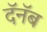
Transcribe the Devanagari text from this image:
दॅनॅब